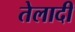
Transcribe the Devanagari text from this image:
तेलादी